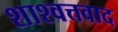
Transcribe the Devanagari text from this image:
शाश्वत्तवाद